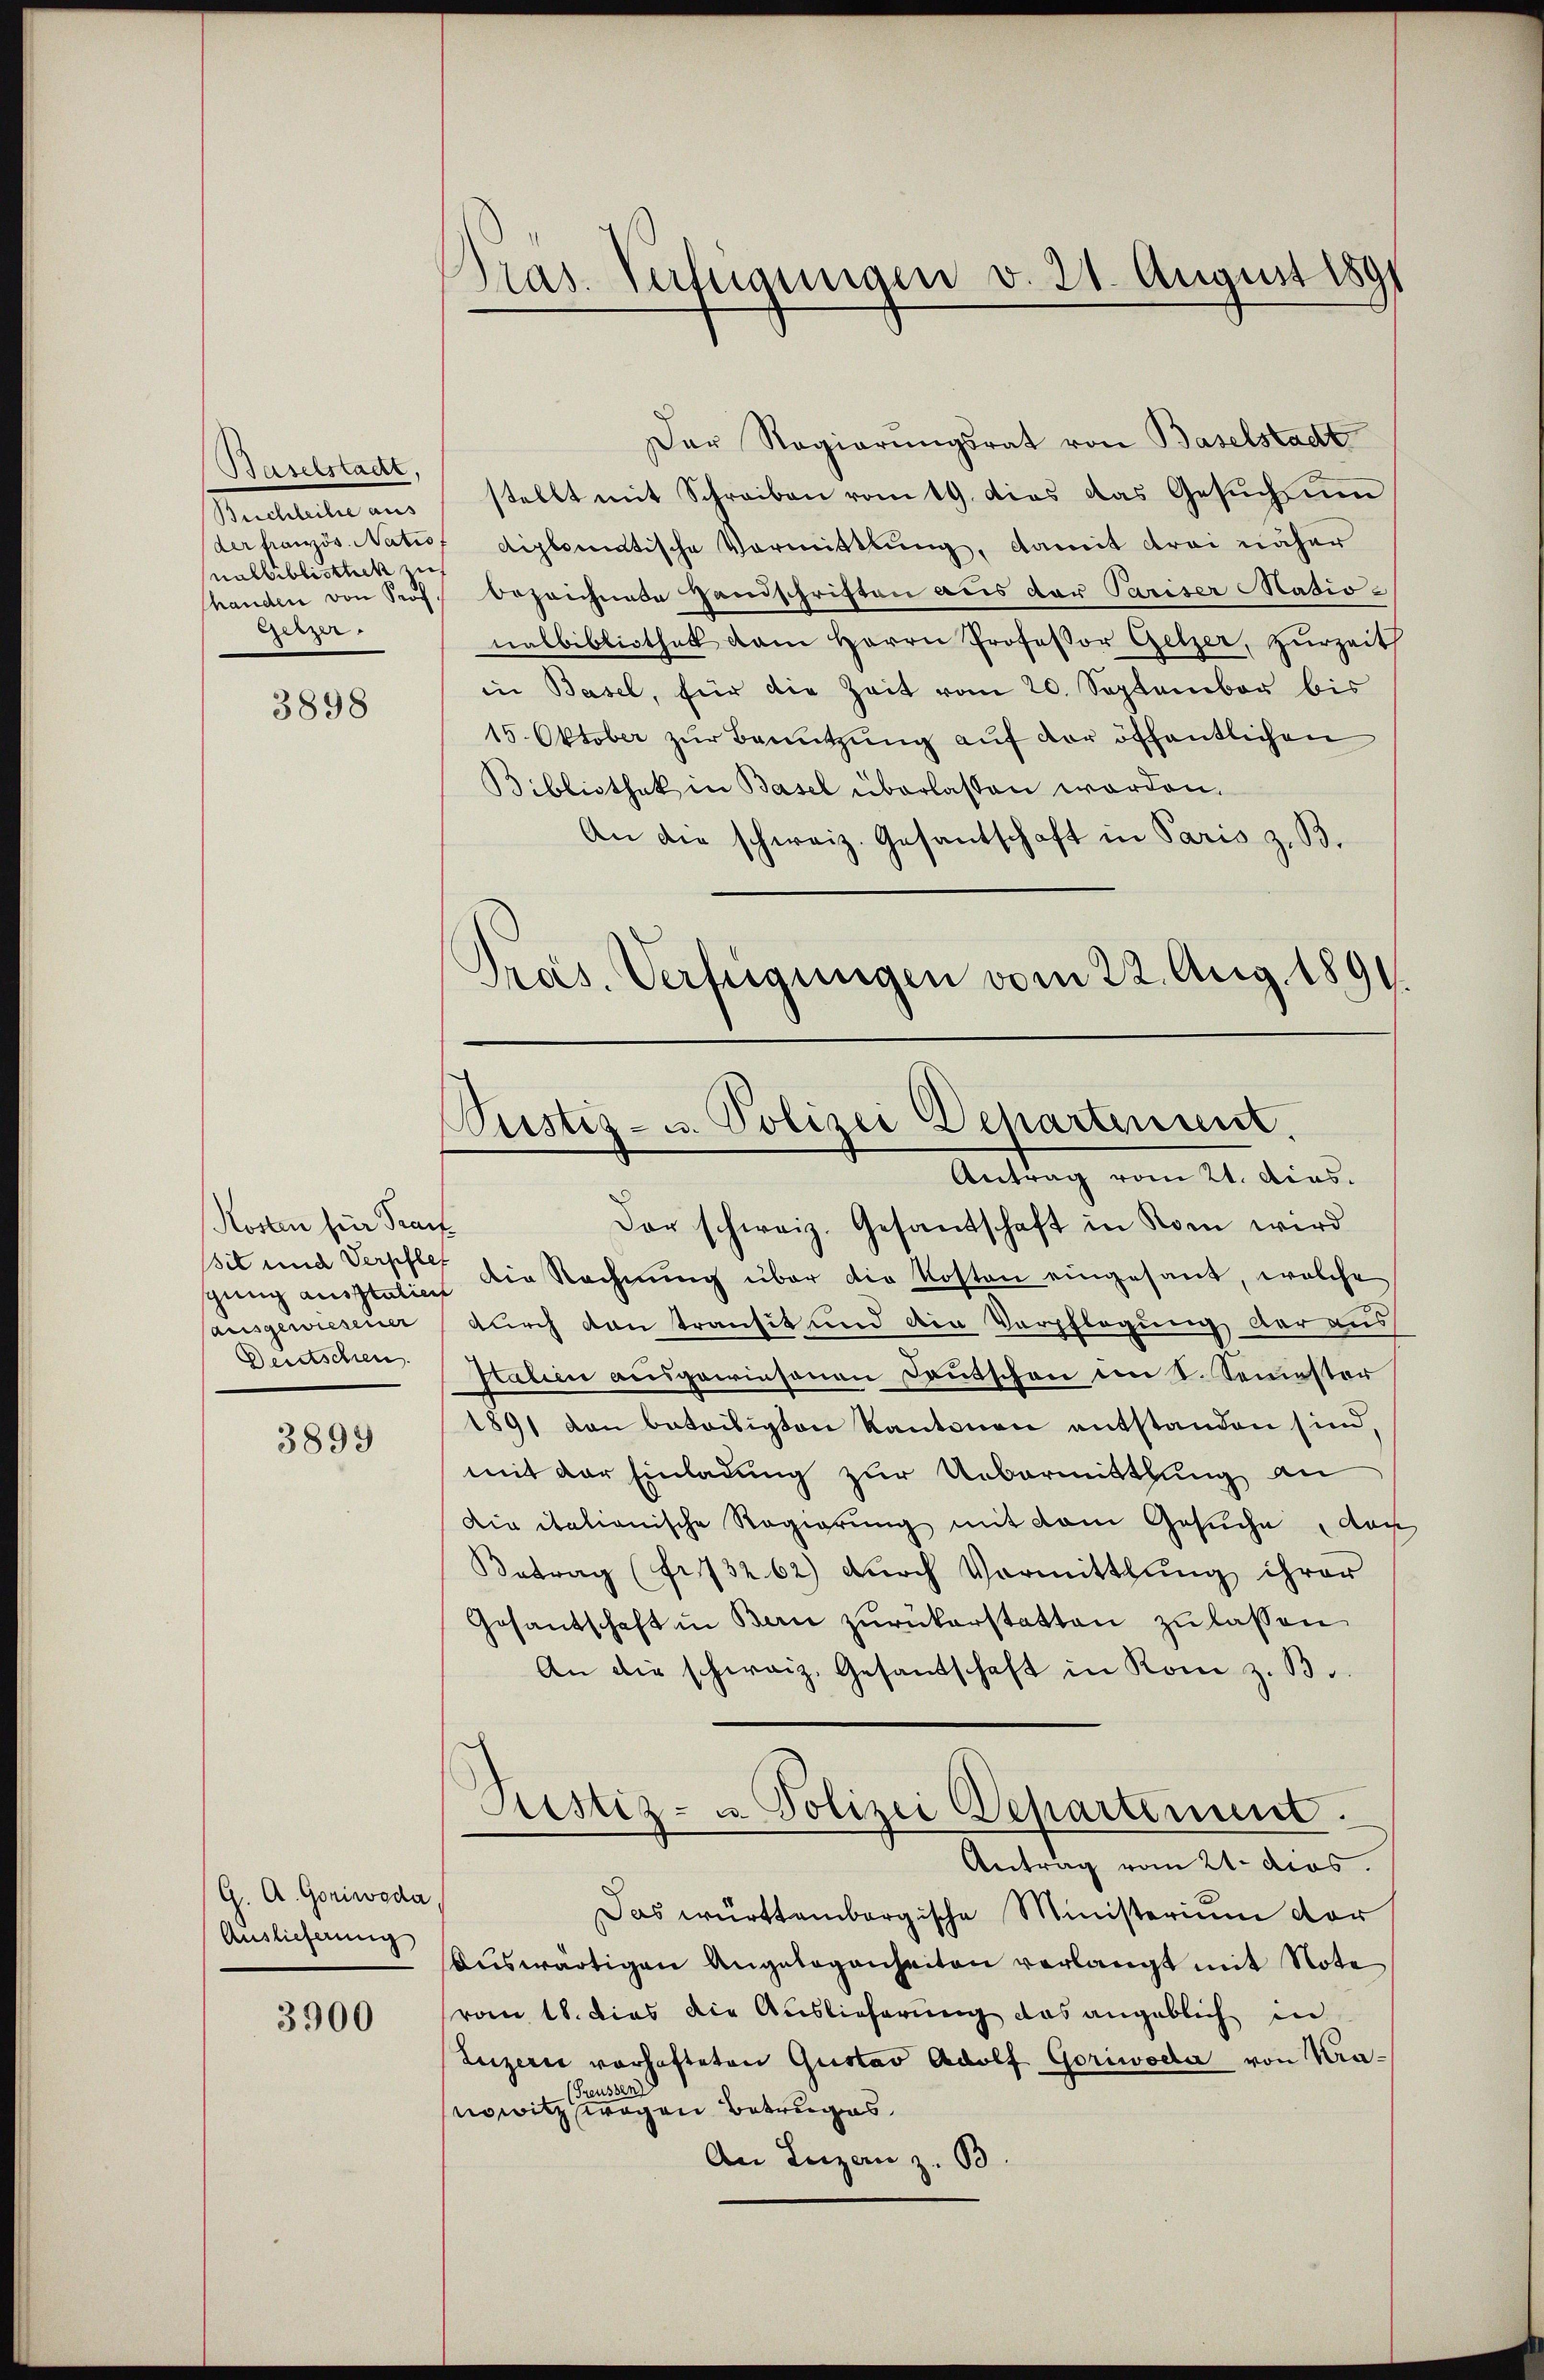
Baselstadt,
Buchleihe aus
der französ. Natio
nalbibliothek zu
shanden von Prof.
Getzer.

3898

Kosten für Franz
Bit und Verpfle
ausgewiesener
Deutschien.

3899

G. A. Goniwoda
Auslieferung

3900

Pras. Verfügungen v. 21. August 1891

Der Regierungsrat von Baselstadt
stellt mit Schreiben vom 19. dies das Gesŭch ŭm
diplomatische Vormittlung, damit drei näher
bezeichnete Handschriften aus der Pariser Madio-
nalbibliothek dam Herrn Professor Gelzer, zurzeit
in Basel, für die Zeit vom 20. September bis
15. Oktober zŭr Benŭtzŭng auf der öffentlichen
Bibliothek in Basel überlassen worden.
An die schweiz. Gesantschaft in Paris z. B.
Pras. Verfügungen vom 22. Aug. 1891.

Pustiz- u. Polizei Departensist.
Antrag vom 21. Dias.

Der schweiz. Gesandtschaft in Rom wird
gŭng ausstation die Rechnŭng über die Kosten eingesant, welche
durch den transit und die Verpflegung der aus
Kalen ausgewiesenen Deutschen in S. Semester
1891 von beteiligten Kantonen entstanden sind,
mit der Einladung zur Uebermittlung an
Die italienische Regierung mit dem Gesuche das
Betrag (fr. 73262) durch Vormittlung ihrer
Gesantschaft in Bern zŭrückerstatten zu lassen
An die schweiz. Gesandschaft in Rom z. B.
Justiz- u. Polizei Departement.
Antrag vom 21. dies
Das württembergische Ministerium der
Auswärtigen Angelegenheiten verlangt mit Note
vom 18. dies die Auslieferung das angeblich in
Luzerne vorhafteten Gustav Adolf Goriwoda von Kra¬
Preussen)
owitz wegen Betruges
An Luzan z. B.